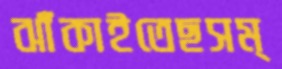
ঝাঁকাইতেছসম্